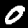
Label: 0